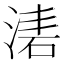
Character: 湱